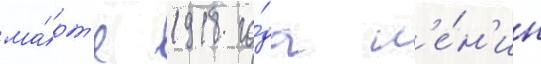
ма́рт'е 1918 го́да л'е́н'ин